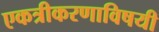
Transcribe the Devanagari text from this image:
एकत्रीकरणाविषयी